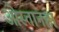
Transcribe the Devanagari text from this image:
ओस्तानहा